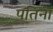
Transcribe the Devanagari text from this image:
पतिना